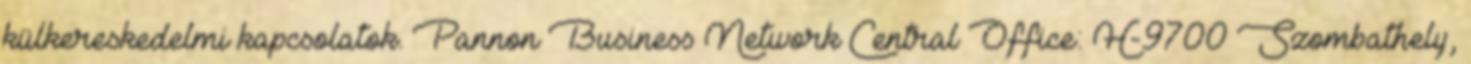
külkereskedelmi kapcsolatok. Pannon Business Network Central Office: H-9700 Szombathely,